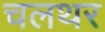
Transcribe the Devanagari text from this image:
चलथर